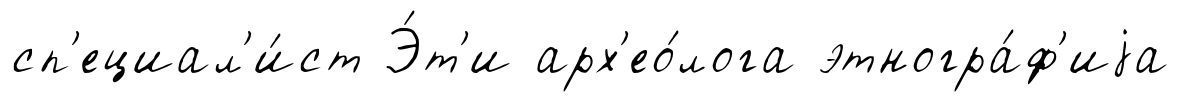
сп'ециал'и́ст Э́т'и арх'ео́лога этногра́ф'иjа